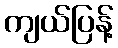
ကျယ်ပြန့်